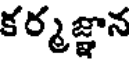
కర్మజ్ఞాన